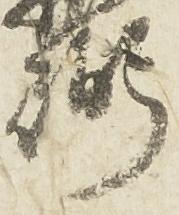
弼